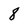
Character: 8